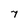
Character: 7